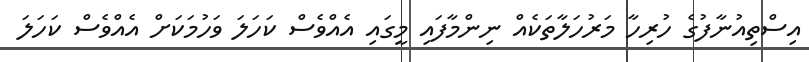
އިސްތިއުނާފުގެ ހުރިހާ މަރުހަލާތަކެއް ނިންމާފައި މީގައި އެއްވެސް ކަހަލަ ވަހުމަކަށް އެއްވެސް ކަހަލަ